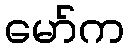
မော်က